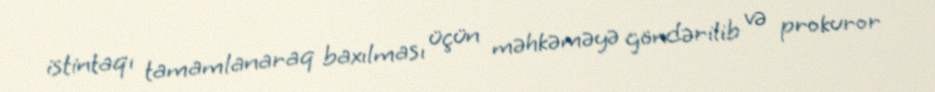
istintaqı tamamlanaraq baxılması üçün məhkəməyə göndərilib və prokuror